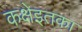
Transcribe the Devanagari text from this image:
कक्षेइतका